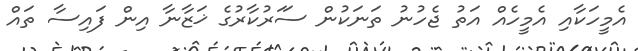
އެމީހަކާއި އެމީހެއް އަތު ޖެހުނު ތަނަކުން ސަަރުކާރުގެ ޚަޒާނާ އިން ފައިސާ ތައް